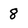
Character: 8